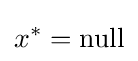
x^{*}={\text{null}}